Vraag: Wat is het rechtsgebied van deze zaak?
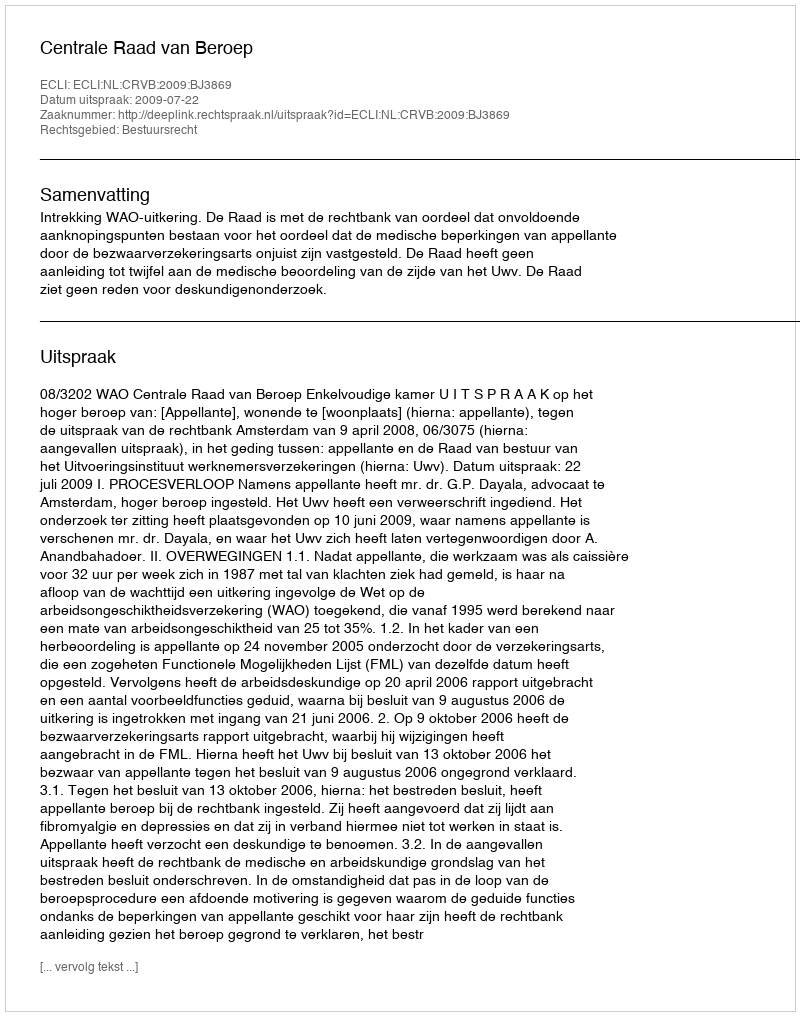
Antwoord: Bestuursrecht